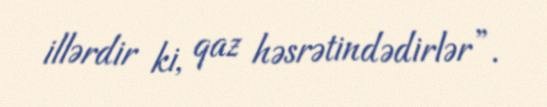
illərdir ki, qaz həsrətindədirlər”.